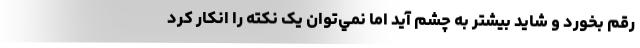
رقم بخورد و شايد بيشتر به چشم آيد اما نمي‌توان يک نکته را انکار کرد